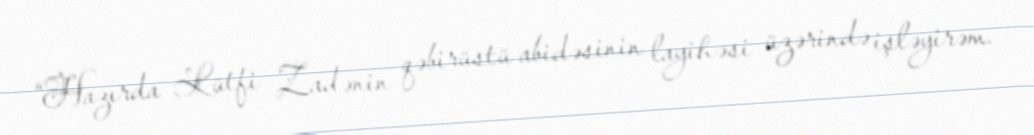
“Hazırda Lütfi Zadənin qəbirüstü abidəsinin layihəsi üzərində işləyirəm.